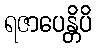
ရဇာပေန္တိပိ